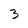
Character: 3